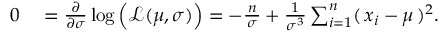
\begin{array} { r l } { 0 } & { { } = { \frac { \partial } { \partial \sigma } } \log { \Big ( } { \mathcal { L } } ( \mu , \sigma ) { \Big ) } = - { \frac { \, n \, } { \sigma } } + { \frac { 1 } { \sigma ^ { 3 } } } \sum _ { i = 1 } ^ { n } ( \, x _ { i } - \mu \, ) ^ { 2 } . } \end{array}